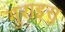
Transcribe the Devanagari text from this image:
गुराइसु